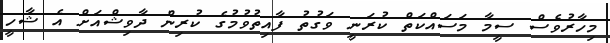
މިހާރުވެސް ސީމާ މަސައްކަތް ކުރަނީ ވަގުތު ފާއިތުވުމުގެ ކުރިން ދާވިޝްއަށް އެ ޝާހީ